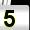
Digit: 5